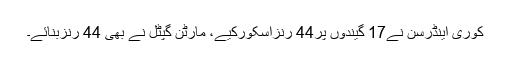
کوری اینڈرسن نے17 گیندوں پر44 رنزاسکورکیے، مارٹن گپٹل نے بھی 44 رنزبنائے۔